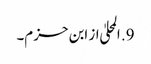
9. المحلیٰ از ابن حزم۔